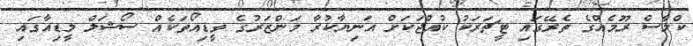
ކްލާސް ރޫމެއްގެ ތެރޭގައި ޓީޗަރަކު ކުއްޖަކަށް އަނިޔާކުރާ މަންޒަރުގެ ވީޑިއޯތަކެއް ސޯޝަލް މީޑިއާގައި